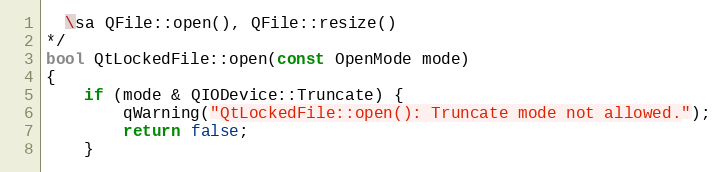
Language: C++
  \sa QFile::open(), QFile::resize()
*/
bool QtLockedFile::open(const OpenMode mode)
{
    if (mode & QIODevice::Truncate) {
        qWarning("QtLockedFile::open(): Truncate mode not allowed.");
        return false;
    }